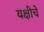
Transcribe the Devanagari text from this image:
यक्षीचे